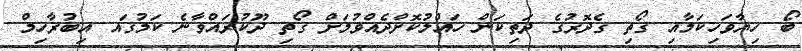
ބޯ ހިޔާވަހިކަމާއި ގޯތި ގެދޮރުގެ ދަތިކަން ހައްލުކޮށްދެއްވުމަށް ގޯތި ދޫކުރައްވާނެ ކަމުގައ އިބުރާހިމް